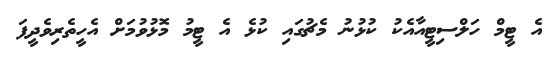
އެ ޓީމް ހަލްސިޓީއާއެކު ކުޅުނު މެޗުގައި ކުޅެ އެ ޓީމު މޮޅުވުމަށް އެހީތެރިވެދީފަ